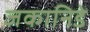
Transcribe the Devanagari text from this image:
जकानिडे